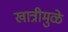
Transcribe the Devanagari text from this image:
खात्रीमुळे